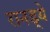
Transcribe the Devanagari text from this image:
रानड्ये